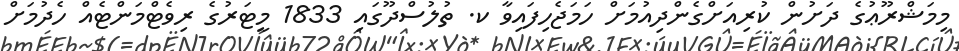
މިމަޝްރޫޢުގެ ދަށުން ކުރިއަށްގެންދިއުމަށް ހަމަޖެހިފައިވާ ކ. ތުލުސްދޫގައި 1833 މީޓަރުގެ ރިވެޓްމަންޓެއް ހެދުމަށް